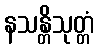
နသန္တိသုတ္တံ